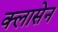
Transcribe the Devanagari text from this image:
क्लासेन